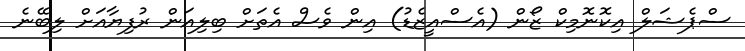
ސްޕެޝަލް އިކޮނޮމިކް ޒޯން (އެސްއީޒެޑު) އިން ވެސް އެތަށް ބިލިއަން ރުފިޔާއަށް ލިބޭނެ